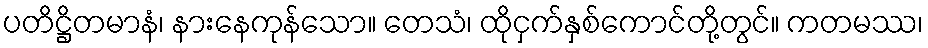
ပတိဋ္ဌိတမာနံ၊ နားနေကုန်သော။ တေသံ၊ ထိုငှက်နှစ်ကောင်တို့တွင်။ ကတမဿ၊